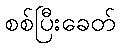
စစ်ပြီးခေတ်